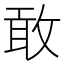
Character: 敢